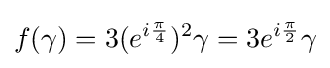
f(\gamma )=3(e^{i{\frac {\pi }{4}}})^{2}\gamma =3e^{i{\frac {\pi }{2}}}\gamma